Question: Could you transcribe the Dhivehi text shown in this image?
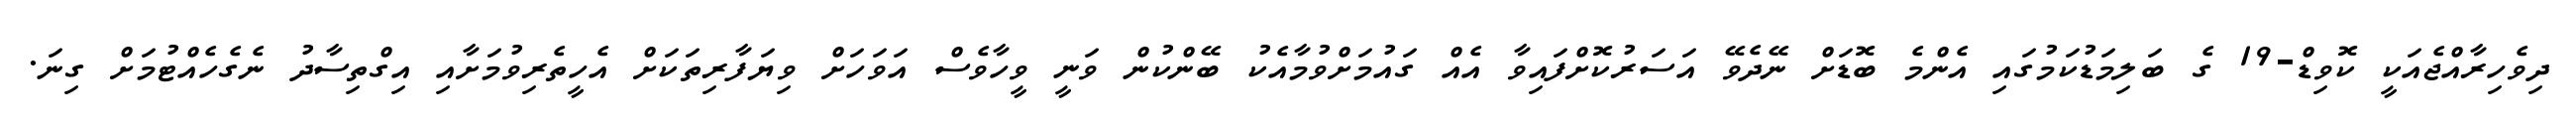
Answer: ދިވެހިރާއްޖެއަކީ ކޮވިޑް-19 ގެ ބަލިމަޑުކަމުގައި އެންމެ ބޮޑަށް ނޭދެވޭ އަސަރުކޮށްފައިވާ އެއް ގައުމަށްވުމާއެކު ބޭންކުން ވަނީ ވީހާވެސް އަވަހަށް ވިޔަފާރިތަކަށް އެހީތެރިވުމަށާއި އިގްތިސާދު ނެގެހެއްޓުމަށް ގިނަ.